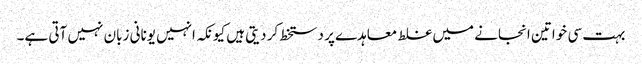
بہت سی خواتین انجانے میں غلط معاہدے پر دستخط کر دیتی ہیں کیونکہ انہیں یونانی زبان نہیں آتی ہے۔